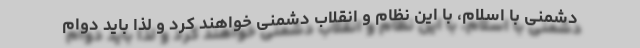
دشمنی با اسلام، با این نظام و انقلاب دشمنی خواهند کرد و لذا باید دوام